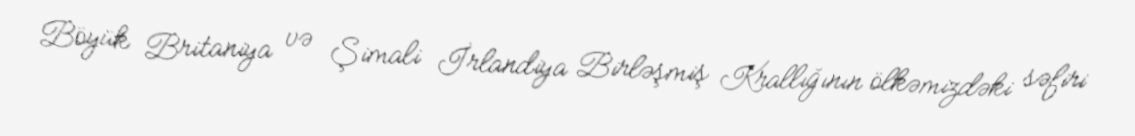
Böyük Britaniya və Şimali İrlandiya Birləşmiş Krallığının ölkəmizdəki səfiri